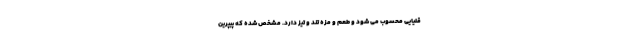
قلیایی محسوب می شود و طعم و مزه تند و تیز دارد. مشخص شده که پیپرین